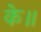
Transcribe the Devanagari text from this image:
के॥